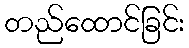
တည်ထောင်ခြင်း